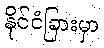
နိုင်ငံခြားမှာ